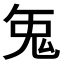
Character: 𭀥